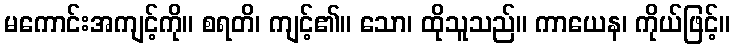
မကောင်းအကျင့်ကို။ စရတိ၊ ကျင့်၏။ သော၊ ထိုသူသည်။ ကာယေန၊ ကိုယ်ဖြင့်။